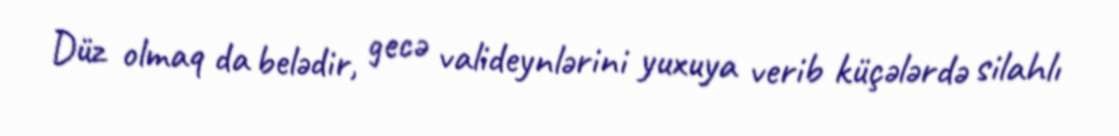
Düz olmaq da belədir, gecə valideynlərini yuxuya verib küçələrdə silahlı